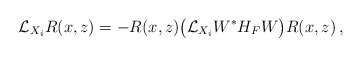
\begin{align*}\mathcal{L}_{X_i} R(x,z)&= - R(x,z)\big(\mathcal{L}_{X_i} W^* H_F W \big)R(x,z)\,,\end{align*}